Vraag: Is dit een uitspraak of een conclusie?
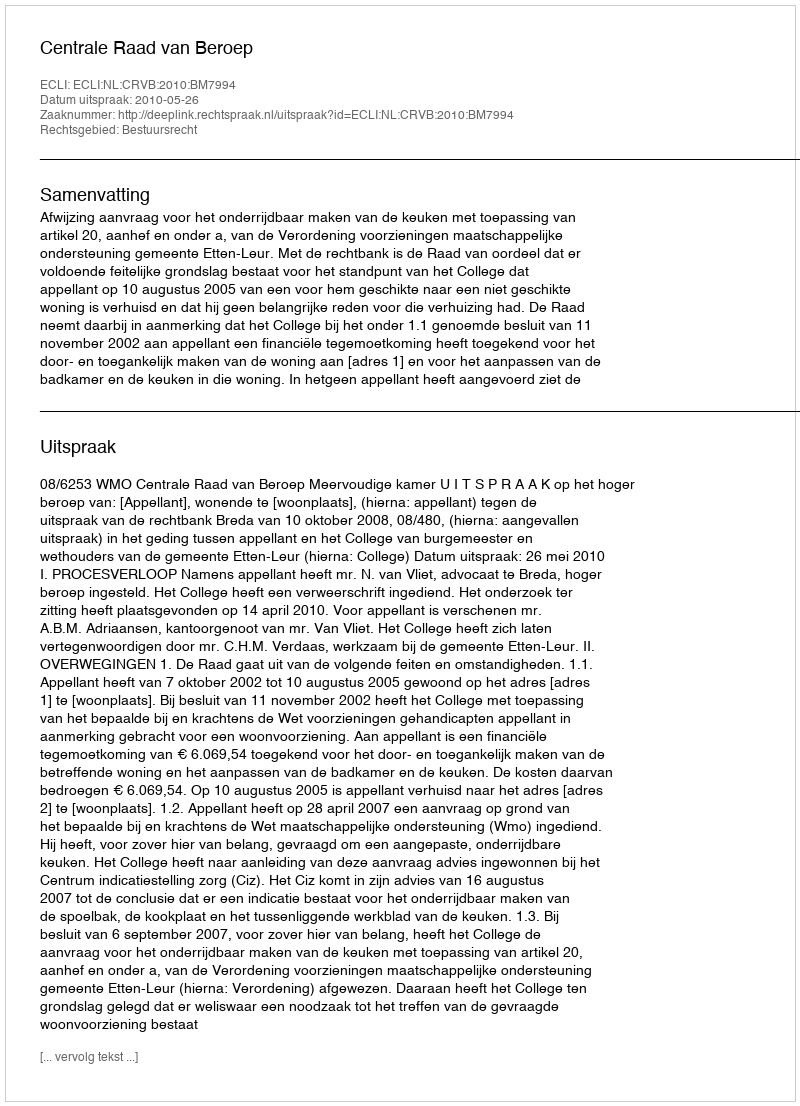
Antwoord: Uitspraak